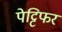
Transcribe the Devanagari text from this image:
पेट्टिफर